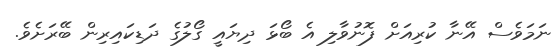
ނަމަވެސް އޭނާ ކުރިއަށް ފޮނުވާލި އެ ބޯޅަ ދިޔައީ ގޯލުގެ ދަޑިކައިރިން ބޭރަށެވެ.